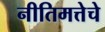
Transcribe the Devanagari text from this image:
नीतिमत्तेचे